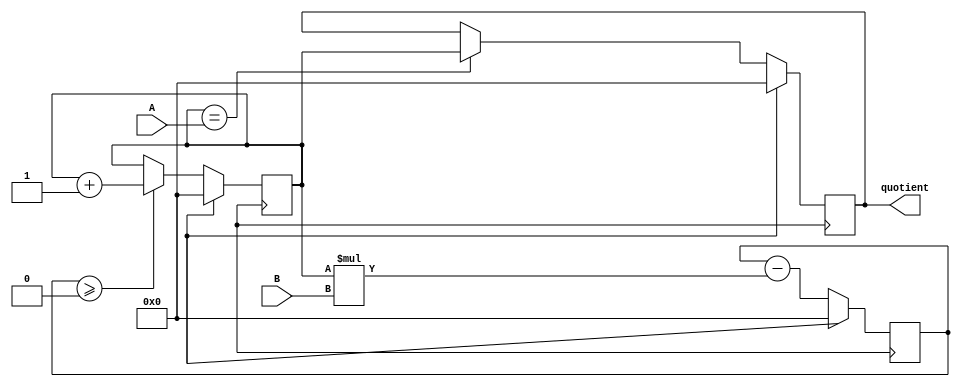
module PipelinedDivider (
    input wire [31:0] A,
    input wire [31:0] B,
    output reg [31:0] quotient
);

reg [31:0] dividend_reg;
reg [31:0] remainder_reg;
reg [31:0] partial_quotient;

always @ (posedge clk) begin
    // Initialize registers
    if (rst) begin
        dividend_reg <= 0;
        remainder_reg <= 0;
        partial_quotient <= 0;
        quotient <= 0;
    end else begin
        // Update registers
        dividend_reg <= dividend_reg - (partial_quotient * B);
        partial_quotient <= (dividend_reg >= 0) ? partial_quotient + 1 : partial_quotient;
        remainder_reg <= dividend_reg;
        
        // Output quotient when calculation is done
        if (partial_quotient == A) begin
            quotient <= partial_quotient;
        end
    end
end

endmodule